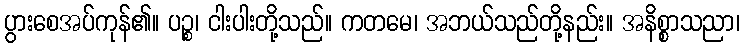
ပွားစေအပ်ကုန်၏။ ပဉ္စ၊ ငါးပါးတို့သည်။ ကတမေ၊ အဘယ်သည်တို့နည်း။ အနိစ္စာသညာ၊